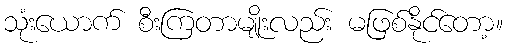
သုံးယောက် စီးကြတာမျိုးလည်း မဖြစ်နိုင်တော့။